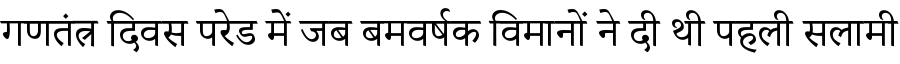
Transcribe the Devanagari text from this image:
गणतंत्र दिवस परेड में जब बमवर्षक विमानों ने दी थी पहली सलामी